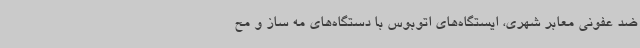
ضد عفونی معابر شهری، ایستگاه‌های اتوبوس با دستگاه‌های مه ساز و مح